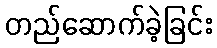
တည်ဆောက်ခဲ့ခြင်း